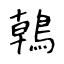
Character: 𪂂